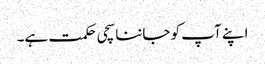
اپنے آپ کو جاننا سچی حکمت ہے۔